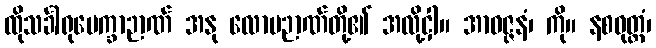
ထိုသင်္ခါရုပေက္ခာဉာဏ် အနု လောမဉာဏ်တို့၏ အလို့ငှါ။ အာဝဇ္ဇနံ၊ ကို။ နစဝုတ္တံ၊